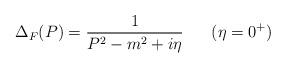
LaTeX: \begin{align*}\Delta_F (P) = \frac{1}{P^2 - m^2 + i \eta} \;\;\;\;\;\; (\eta = 0^+)\end{align*}